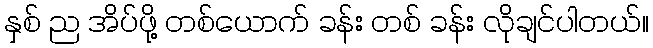
နှစ် ည အိပ်ဖို့ တစ်ယောက် ခန်း တစ် ခန်း လိုချင်ပါတယ်။